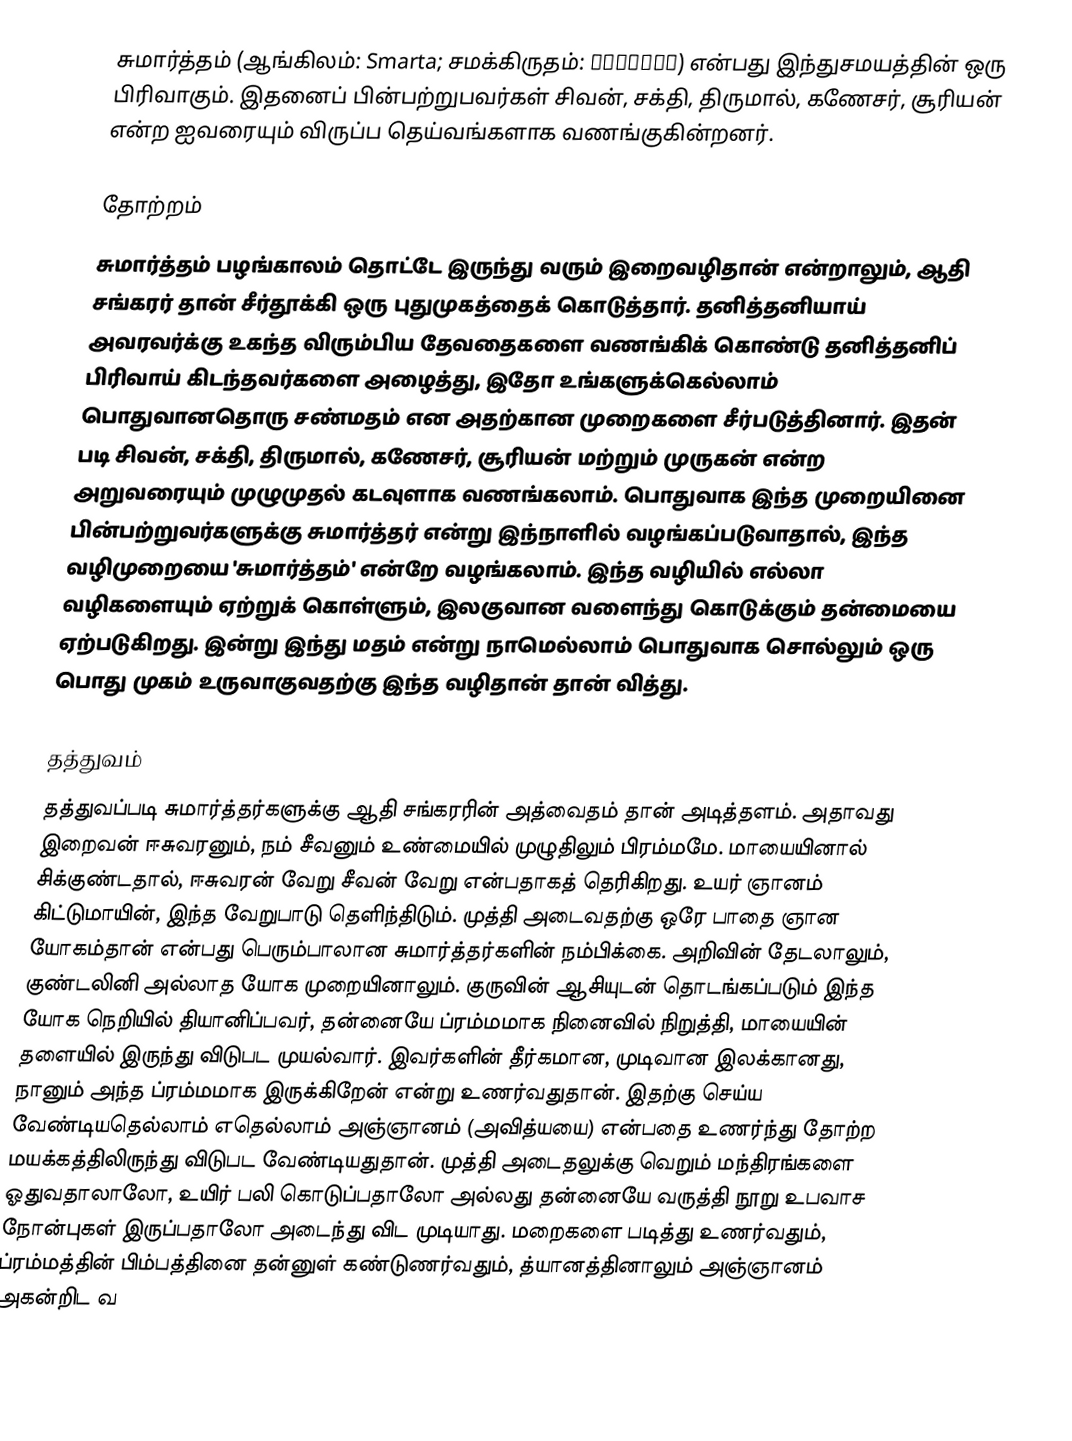
சுமார்த்தம் (ஆங்கிலம்: Smarta; சமக்கிருதம்: स्मार्त) என்பது இந்துசமயத்தின் ஒரு பிரிவாகும். இதனைப் பின்பற்றுபவர்கள் சிவன், சக்தி, திருமால், கணேசர், சூரியன் என்ற ஐவரையும் விருப்ப தெய்வங்களாக வணங்குகின்றனர்.

தோற்றம்
சுமார்த்தம் பழங்காலம் தொட்டே இருந்து வரும் இறைவழிதான் என்றாலும், ஆதி சங்கரர் தான் சீர்தூக்கி ஒரு புதுமுகத்தைக் கொடுத்தார். தனித்தனியாய் அவரவர்க்கு உகந்த விரும்பிய தேவதைகளை வணங்கிக் கொண்டு தனித்தனிப் பிரிவாய் கிடந்தவர்களை அழைத்து, இதோ உங்களுக்கெல்லாம் பொதுவானதொரு சண்மதம் என அதற்கான முறைகளை சீர்படுத்தினார். இதன் படி சிவன், சக்தி, திருமால், கணேசர், சூரியன் மற்றும் முருகன் என்ற அறுவரையும் முழுமுதல் கடவுளாக வணங்கலாம். பொதுவாக இந்த முறையினை பின்பற்றுவர்களுக்கு சுமார்த்தர் என்று இந்நாளில் வழங்கப்படுவாதால், இந்த வழிமுறையை 'சுமார்த்தம்' என்றே வழங்கலாம். இந்த வழியில் எல்லா வழிகளையும் ஏற்றுக் கொள்ளும், இலகுவான  வளைந்து கொடுக்கும் தன்மையை ஏற்படுகிறது. இன்று இந்து மதம் என்று நாமெல்லாம் பொதுவாக சொல்லும் ஒரு பொது முகம் உருவாகுவதற்கு இந்த வழிதான் தான் வித்து.

தத்துவம்
தத்துவப்படி சுமார்த்தர்களுக்கு ஆதி சங்கரரின் அத்வைதம் தான் அடித்தளம். அதாவது இறைவன் ஈசுவரனும், நம் சீவனும் உண்மையில் முழுதிலும் பிரம்மமே. மாயையினால் சிக்குண்டதால், ஈசுவரன் வேறு சீவன் வேறு என்பதாகத் தெரிகிறது.  உயர் ஞானம் கிட்டுமாயின், இந்த வேறுபாடு தெளிந்திடும். முத்தி அடைவதற்கு ஒரே பாதை ஞான யோகம்தான் என்பது பெரும்பாலான சுமார்த்தர்களின் நம்பிக்கை. அறிவின் தேடலாலும், குண்டலினி அல்லாத யோக முறையினாலும். குருவின் ஆசியுடன் தொடங்கப்படும் இந்த யோக நெறியில் தியானிப்பவர், தன்னையே ப்ரம்மமாக நினைவில் நிறுத்தி, மாயையின் தளையில் இருந்து விடுபட முயல்வார். இவர்களின் தீர்கமான, முடிவான இலக்கானது, நானும் அந்த ப்ரம்மமாக இருக்கிறேன் என்று உணர்வதுதான். இதற்கு செய்ய வேண்டியதெல்லாம் எதெல்லாம் அஞ்ஞானம் (அவித்யயை) என்பதை  உணர்ந்து தோற்ற மயக்கத்திலிருந்து விடுபட வேண்டியதுதான். முத்தி அடைதலுக்கு வெறும் மந்திரங்களை ஓதுவதாலாலோ, உயிர் பலி கொடுப்பதாலோ அல்லது தன்னையே வருத்தி நூறு உபவாச நோன்புகள் இருப்பதாலோ அடைந்து விட முடியாது.  மறைகளை படித்து உணர்வதும், ப்ரம்மத்தின் பிம்பத்தினை தன்னுள் கண்டுணர்வதும்,  த்யானத்தினாலும் அஞ்ஞானம் அகன்றிட வ